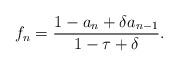
LaTeX: \begin{align*}f_n = \frac{1 - a_n + \delta a_{n-1}}{1 - \tau + \delta}.\end{align*}